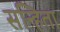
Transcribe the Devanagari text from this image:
सन्हिता